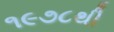
૧૯૭૮થી